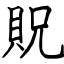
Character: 貺